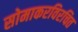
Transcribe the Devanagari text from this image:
सोमाकरविरचित